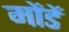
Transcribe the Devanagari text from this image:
मोंडें